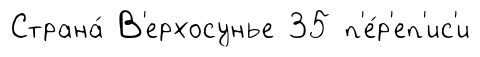
Страна́ В'ерхосунье 35 п'е́р'еп'ис'и